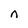
Character: n